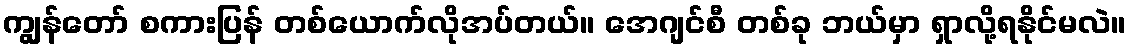
ကျွန်တော် စကားပြန် တစ်ယောက်လိုအပ်တယ်။ အေဂျင်စီ တစ်ခု ဘယ်မှာ ရှာလို့ရနိုင်မလဲ။